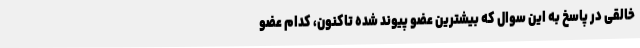
خالقی در پاسخ به این سوال که بیشترین عضو پیوند شده تاکنون، کدام عضو